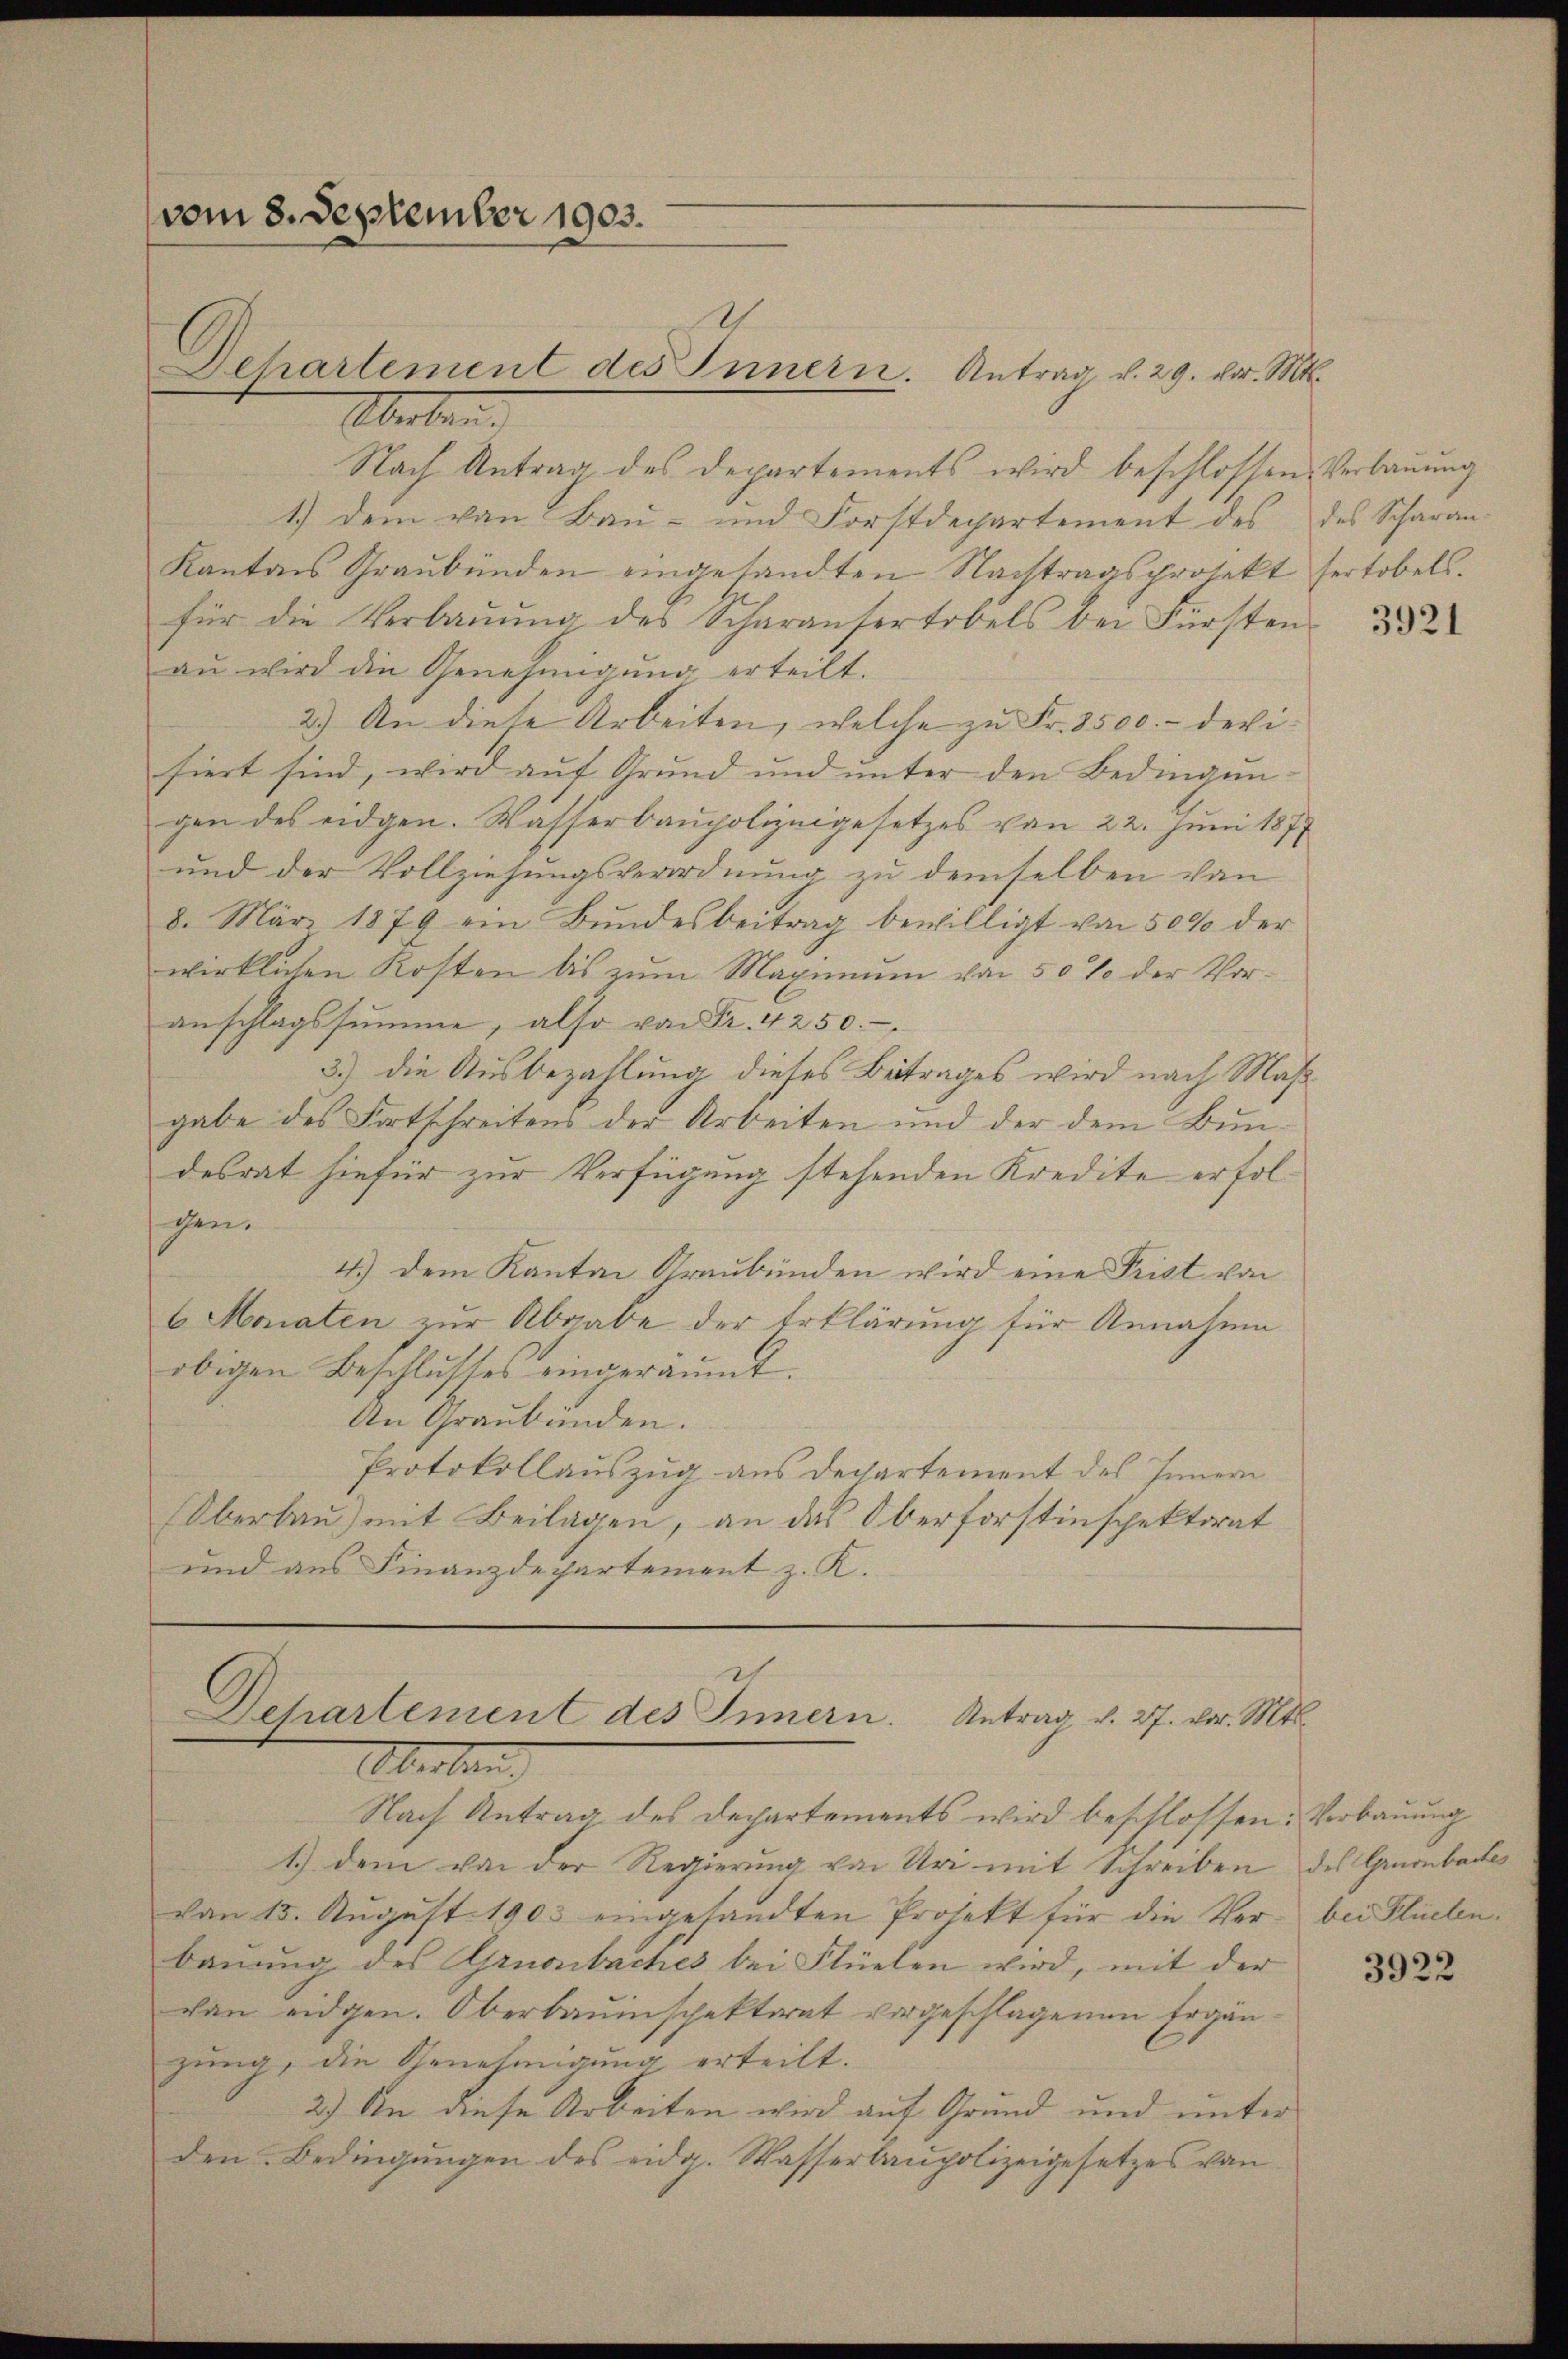
(vom 8. September 1903.
Oberlan

Nach Antrag des Departements wird beschlossen Verbauung
1.) Dem von Bau- und Forstdepartement des
Kantons Graubünden eingesandten Nachtragsprojekt fertobels.
für die Verbaŭŭng des Scharansertobels bei Fürsten-
au wird die Genehmigung erteilt.
2.) An diese Arbeiten, welche zu Fr. 8500.- devisiert sind, wird aŭf Grund und ŭnter den Bedingŭn-
gen des eidgen. Wasserbaupolizeigesetzes von 22. Juni 1877
und der Vollziehungsverordnung zu demselben von
8. März 1879 ein Bŭndesbeitrag bewilligt von 50% der
wirklichen Kosten bis zum Maximum von 50 % der Voranschlagssumme, also von Fr. 4250.
3.) Die Ausbezahlung dieses Betrages wird nach Maß
gabe des Fortschreitens der Arbeiten und der dem Bundesrat hiefür zur Verfügung stehenden Kredite erfolhen.
4.) Dem Kanton Graubünden wird eine Frist von
6 Monaten zur Abgabe der Erklärung für Annahme
obigen Beschlusses eingeräumt.
An Graubünden.
Protokollauszug aus Departement des Innern
Oberlau) mit Beilagen, an das Oberforstinspektorat
und aus Finanzdepartement z. K.

Departement des Innern. Antrag v. 29. vor. Mts.

Departement des Innern. Antrag v. 27. vor. Mts.
Oberben

Nach Antrag des Departements wird beschlossen: Verbauung
1.) dem von der Regierung von Uri mit Schreiben
von 15. August 1903 eingesandten Projekt für die Verbauung des Grnonbaches bei Flüelen wird, mit der
can eidgen. Oberbauinspektorat vorgeschlagenen Ergänzung, die Genehmigung erteilt.
2.) An diese Arbeiten wird auf Grund und unter
den Bedingungen des eidg. Wasserbaupolizeigesetzes von

des Scharan.

3921

des Gruenbaches
bei Flüelen.

3922